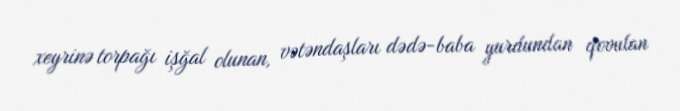
xeyrinə torpağı işğal olunan, vətəndaşları dədə-baba yurdundan qovulan